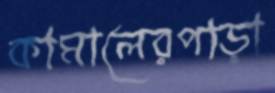
কামালেরপাড়া